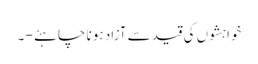
خواہشوں کی قید سے آزاد ہونا چاہئے - ۔